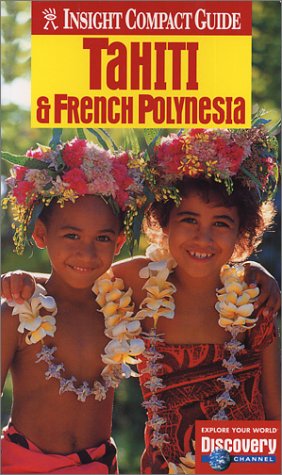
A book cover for Tahiti (Insight Compact Guide Tahiti); Brian Bell; Travel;